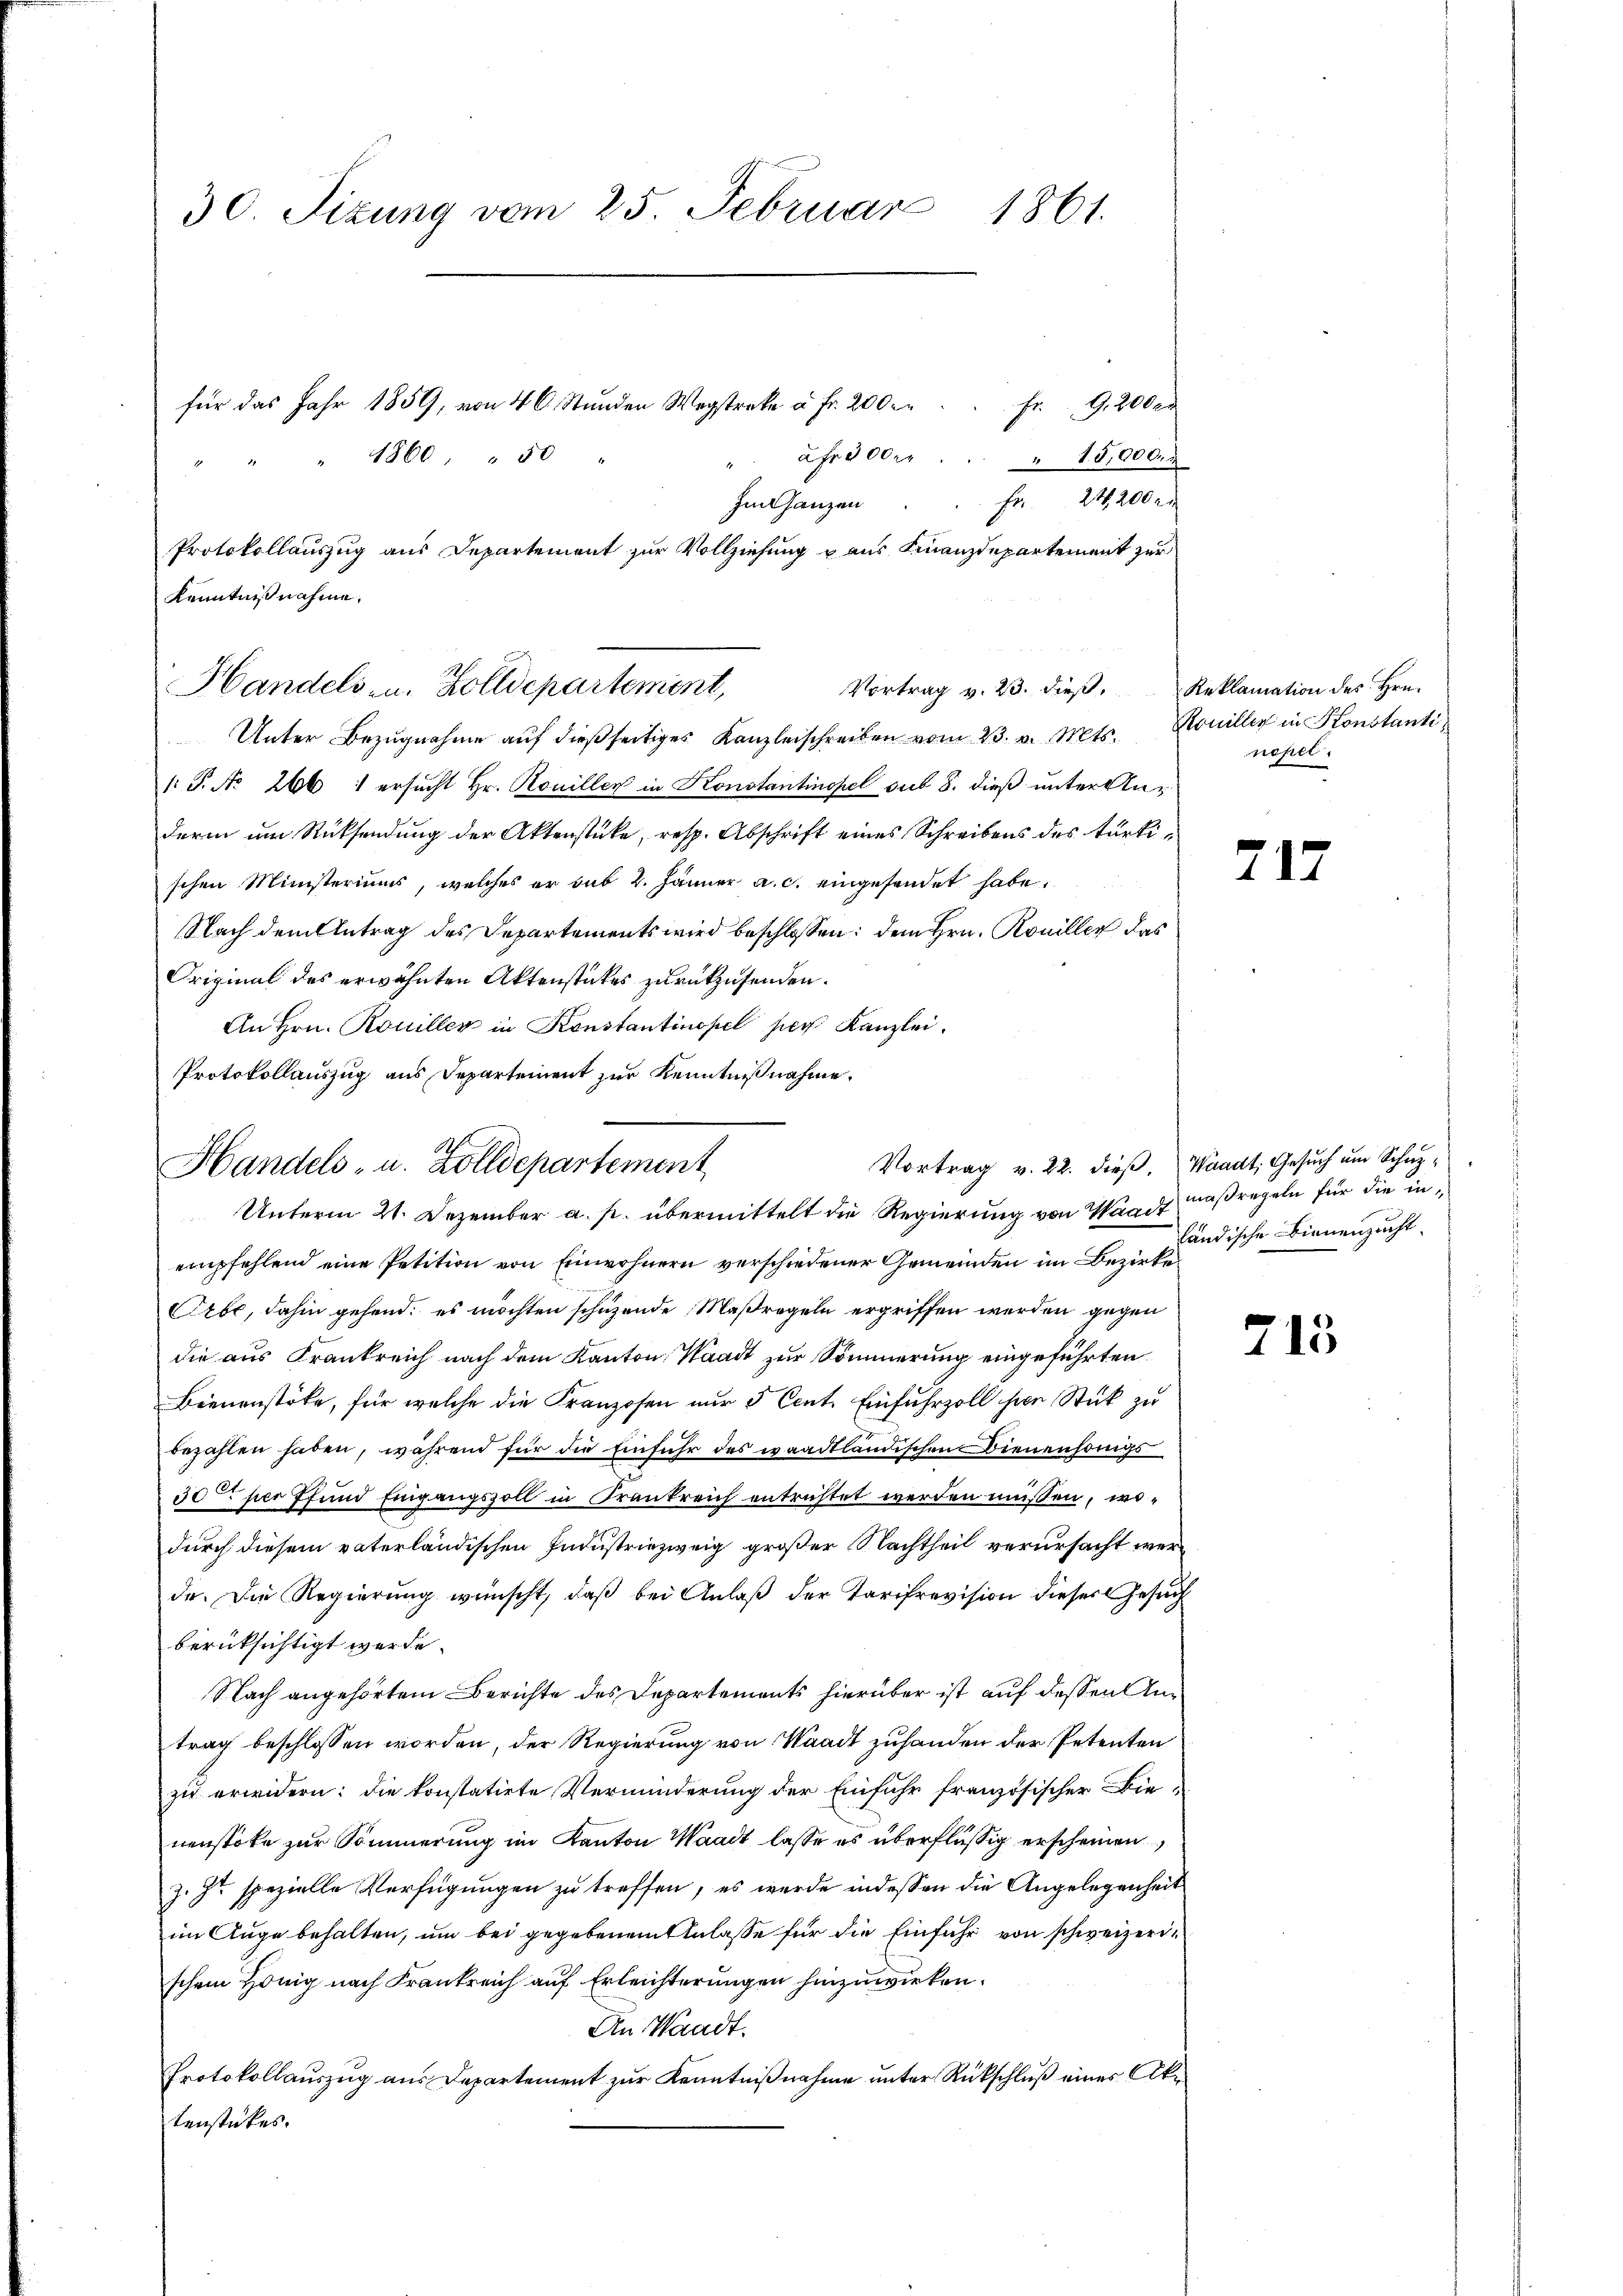
30. Jizung vom 25. Februar 1861.
für das Jahr 1859, von 46. Stunden Wegstrak à Fr. 200 c. fr. 9, 200 er
1860. 50
afr 300 r. . . 15,000.

Protokollauszug aus Departement zur Vollziehung u aus Finanzdepartement zur
Kenntniß nahme.
Handels- u. Zolldepartement,
Vortrag v. 23. dieß,

Unter Bezugnahme auf dießseitiges Kanzleischreiben vom 23. v. Mts.
1: P. Nr. 266 1 ersucht Hr. Rouillen in Konstantinopel sub 8. dieß unter Underen um Rücksendung der Aktenstücke, resp. Abschrift eines Schreibens des türkischen Ministeriums, welches er sub 2. Jänner a. c. eingesendet habe.
Nach dem Antrag des Departements wird beschlossen: dem Hrn. Koniller das
Original des erwähnten Aktenstückes zurückzusenden.
An Hrn. Rouiller in Konstantinopel ser Kanzlei.
Protokollauszug aus Departement zur Kenntnißnahme.
empfehlend eine Petition von Einwohnern verschiedener Gemeinden im Bezirke
Orbe, dahin gehend; es möchten schuzende Maßregeln ergriffen werden gegen
die aus Frankreich nach dem Kanton Waadt zur Sommerung eingeführten
Bienenstöke, für welche die Franzosen nur 5 Cent. Einfuhrzoll hier Stück zu
bezahlen haben, während für die Einfuhr des waadtländischen Bienenhangs
30t per Pfund Eingangszoll in Frankreich entrichtet werden müssen, wodurch diesem vaterländischen Industriezweig großer Nachtheil verursacht werde. Die Regierung wünscht, daß bei Anlaß der Tarifrevision dieses Gesuch
berücksichtigt werde.
Nach angehörtem Berichte des Departements hierüber ist auf dessen Antrag beschlossen worden, der Regierung von Waadt zuhanden der Petenten
zu erwidern: die konstatirte Verminderung der Einfuhr französischer Bienenstoke zur Sommerung im Kanton Waadt lasse es überflüssig erscheinen
J. zu spezielle Verfügungen zu treffen, es wurde indessen die Angelegenheit
im Auge behalten, um bei gegebenem Anlasse für die Einfuhr von schweizerischem Honig nach Frankreich auf Erleichterungen hinzuwirken.
An Waadt.
Protokollauszug aus Departement zur Kenntnißnahme unter Rückschluß eines Aktenstückes.

Im ganzen        Fr. 21,200 r

Handels- u. Zolldepartement
Unterm 21. Dezember a. p. übermittelt die Regierung von Waadt maßregeln für die in¬

Vortrag v. 22. dieß, Waadt, Gesuch um Schup¬

Reklamation des Hrn.
Roniller in Konstanti
nehel.

2

17

ländische Bienenzucht.

713